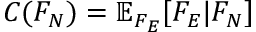
C ( F _ { N } ) = \mathbb { E } _ { F _ { E } } [ F _ { E } | F _ { N } ]